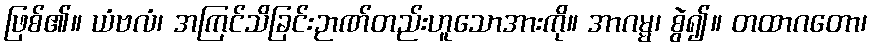
ဖြစ်၏။ ယံဗလံ၊ အကြင်သိခြင်းဉာဏ်တည်းဟူသောအားကို။ အာဂမ္မ၊ စွဲ၍။ တထာဂတော၊